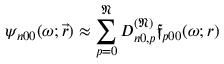
\psi _ { n 0 0 } ( \omega ; \vec { r } ) \approx \sum _ { p = 0 } ^ { \mathfrak { N } } D _ { n 0 , p } ^ { ( \mathfrak { N } ) } \mathfrak { f } _ { p 0 0 } ( \omega ; r )